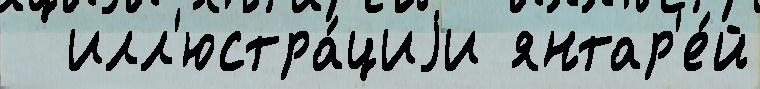
  илл'юстра́циjи янтар'е́й